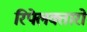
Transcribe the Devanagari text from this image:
रिफ्लेक्तारों